Enquiry on enteric fever in India - Number 32
Disease focus: Fever
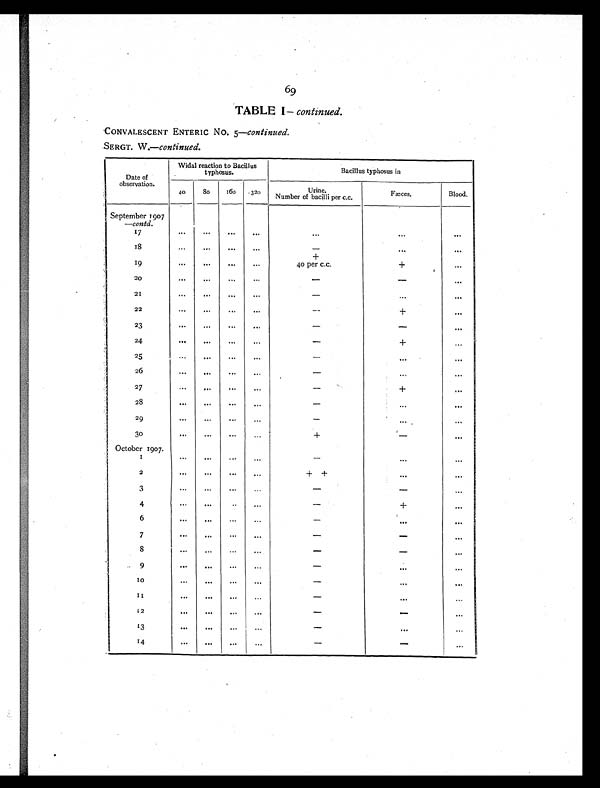
69
TABLE I — continued.
CONVALESCENT ENTERIC NO. 5— continued.
SERGT. W.—c o n t i n u e d .
Date of
observation.
Widal reaction to Bacillus
typhosus.
Bacillus typhosus in
40
80
160 320
Urine.
Number of bacilli per c.c.
Fæces.
Blood.
September 1907
—contd.
17
. . .
. . .
. . .
. . .
. . .
. . .
. . .
18
. . .
. . .
. . .
. . .
-
. . .
. . .
+
19
...
. . .
. . .
. . .
4 0 p e r c . c .
+
. . .
20
. . . ...
. . .
...
-
-
. . .
2 1
...
. . . ...
...
-
...
. . .
2 2
...
...
...
. . .
-
+
....
23
. . .
. . .
. . .
. . .
-
-
. . .
24
. . .
. . .
. . .
. . .
-
+
. . .
25
. . .
. . .
. . .
. . .
-
. . .
. . .
26
. . .
. . .
. . .
...
-
. . .
. . .
27
. . .
. . .
. . .
. . .
-
+
. . .
28
. . .
. . .
. . .
. . .
-
. . .
. . .
29
. . .
. . .
. . .
. . .
-
. . .
. . .
30
. . .
. . .
. . .
. . .
+
-
. . .
October 1907. 1
. . .
. . .
. . .
. . .
-
. . .
. . .
2
. . .
. . .
. . . ...
+ +
. . .
. . .
3
...
. . .
...
...
-
-
. . .
4
. . .
. . .
. . .
. . .
-
+
. . .
6
. . .
. . .
. . .
. . .
-
. . .
. . .
7
...
. . .
. . .
. . .
-
-
. . .
8
. . .
. . .
. . .
. . .
-
-
. . .
9
. . .
. . .
. . .
. . .
-
. . .
. . .
10
. . .
. . .
. . .
. . .
-
. . .
. . .
1 1
. . .
. . .
. . .
. . .
-
. . .
. . .
12
. . .
. . .
...
. . .
-
-
. . .
13
. . .
. . .
. . .
. . .
-
. . .
. . .
14
. . .
. . .
. . .
. . .
-
-
. . .